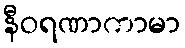
နီဝရဏာကာမာ